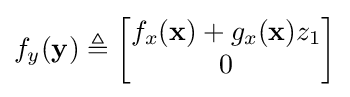
f_{y}(\mathbf {y} )\triangleq {\begin{bmatrix}f_{x}(\mathbf {x} )+g_{x}(\mathbf {x} )z_{1}\\0\end{bmatrix}}